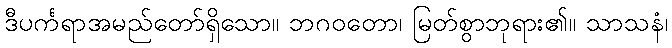
ဒီပင်္ကရာအမည်တော်ရှိသော။ ဘဂဝတော၊ မြတ်စွာဘုရား၏။ သာသနံ၊